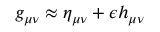
g _ { \mu \nu } \approx \eta _ { \mu \nu } + \epsilon h _ { \mu \nu }